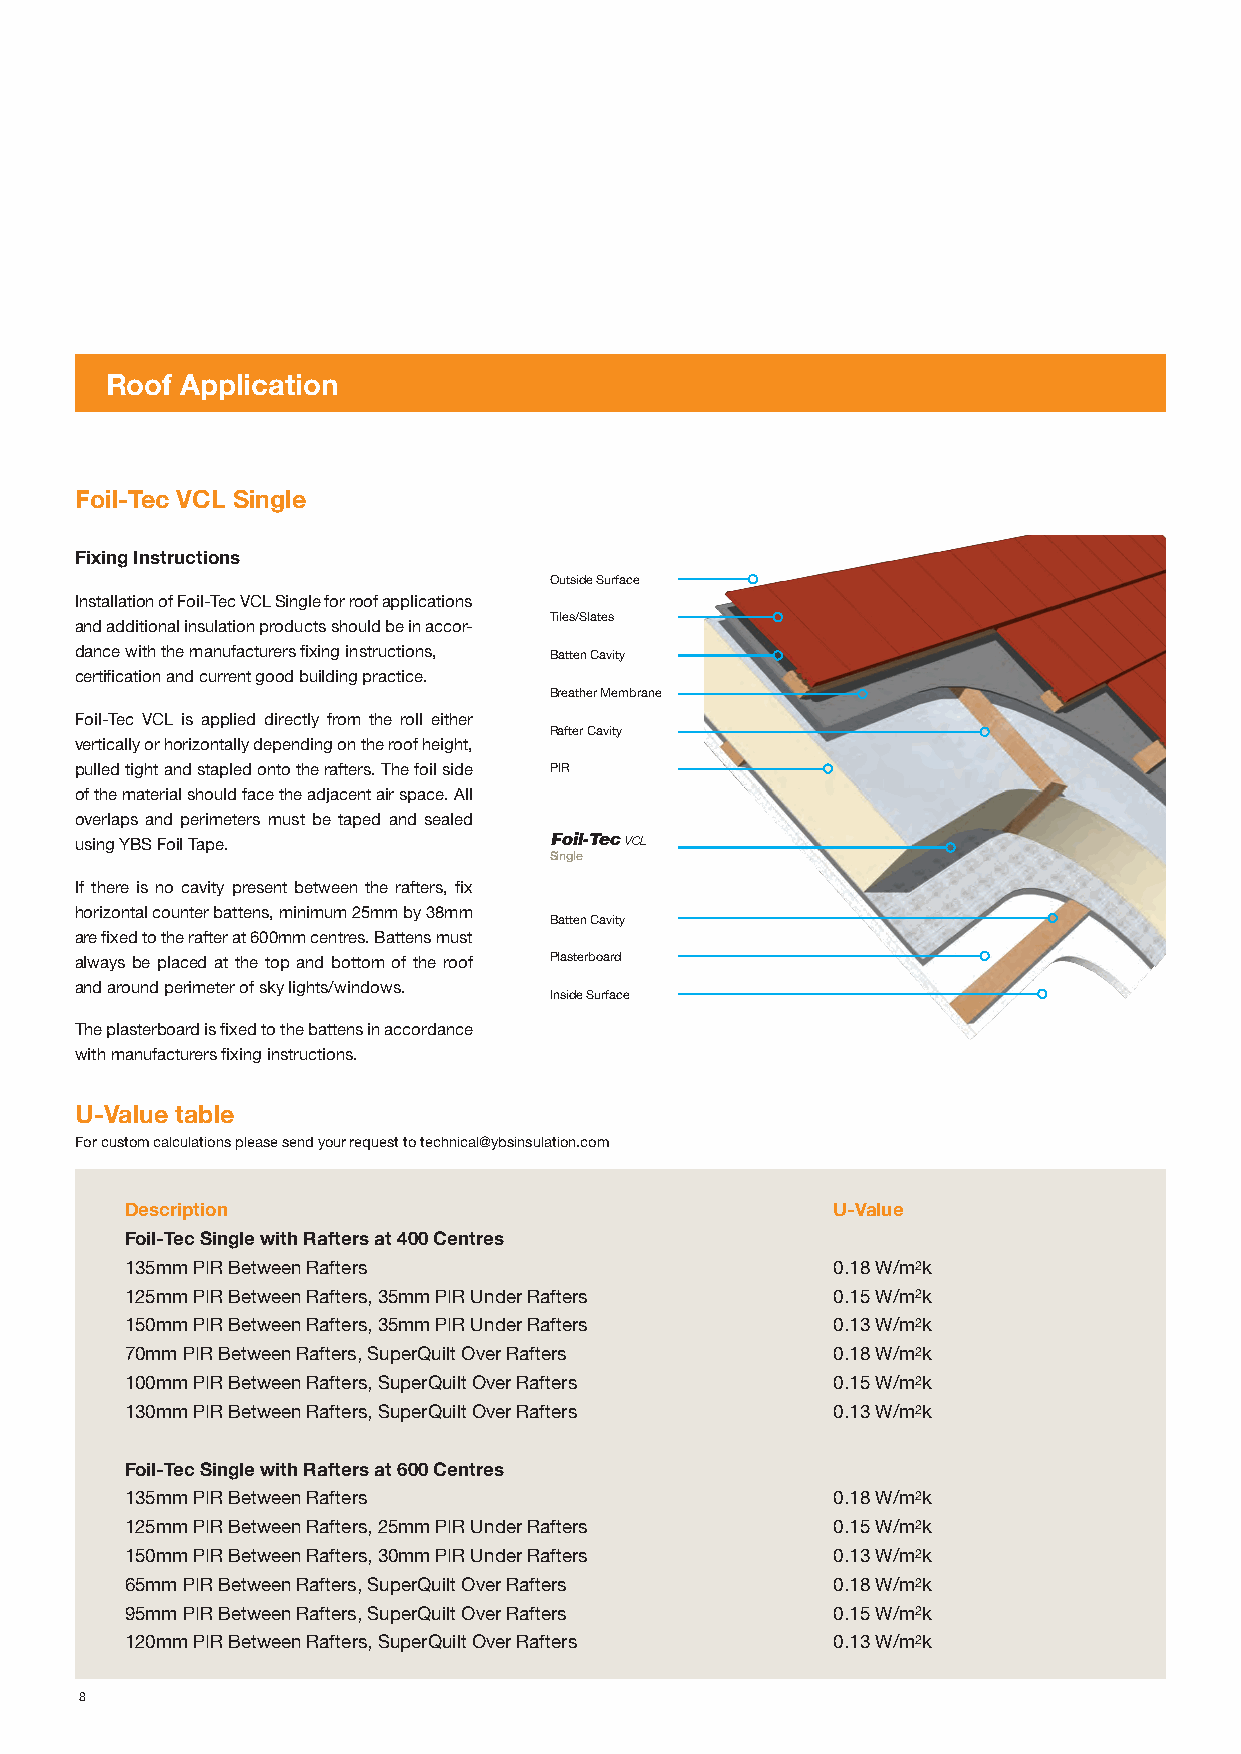
Roof Application
 Foil-Tec VCL Single
 Fixing Instructions
 Outside Surface
 Installation of Foil-Tec VCL Single for roof applications
 Tiles/Slates
 and additional insulation products should be in accor-
 dance with the manufacturers fixing instructions, Batten Cavity
 certification and current good building practice.
 Breather Membrane
 Foil-Tec VCL is applied directly from the roll either
 Rafter Cavity
 vertically or horizontally depending on the roof height,
 pulled tight and stapled onto the rafters. The foil side PIR
 of the material should face the adjacent air space. All
 overlaps and perimeters must be taped and sealed
 using YBS Foil Tape.           Foil-Tec VCL
 Single
 If there is no cavity present between the rafters, fix
 horizontal counter battens, minimum 25mm by 38mm
 Batten Cavity
 are fixed to the rafter at 600mm centres. Battens must
 always be placed at the top and bottom of the roof Plasterboard
 and around perimeter of sky lights/windows.
 Inside Surface
 The plasterboard is fixed to the battens in accordance
 with manufacturers fixing instructions.
 U-Value table
 For custom calculations please send your request to technical@ybsinsulation.com
 Description                                    U-Value
 Foil-Tec Single with Rafters at 400 Centres
 135mm PIR Between Rafters                      0.18 W/m2k
 125mm PIR Between Rafters, 35mm PIR Under Rafters 0.15 W/m2k
 150mm PIR Between Rafters, 35mm PIR Under Rafters 0.13 W/m2k
 70mm PIR Between Rafters, SuperQuilt Over Rafters 0.18 W/m2k
 100mm PIR Between Rafters, SuperQuilt Over Rafters 0.15 W/m2k
 130mm PIR Between Rafters, SuperQuilt Over Rafters 0.13 W/m2k
 Foil-Tec Single with Rafters at 600 Centres
 135mm PIR Between Rafters                      0.18 W/m2k
 125mm PIR Between Rafters, 25mm PIR Under Rafters 0.15 W/m2k
 150mm PIR Between Rafters, 30mm PIR Under Rafters 0.13 W/m2k
 65mm PIR Between Rafters, SuperQuilt Over Rafters 0.18 W/m2k
 95mm PIR Between Rafters, SuperQuilt Over Rafters 0.15 W/m2k
 120mm PIR Between Rafters, SuperQuilt Over Rafters 0.13 W/m2k
 8